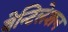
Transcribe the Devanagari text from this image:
वेन्टिलेशन